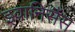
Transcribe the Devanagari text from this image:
इवानिसैंस